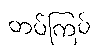
တပ်ကြပ်